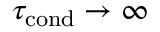
\tau _ { \mathrm { c o n d } } \rightarrow \infty